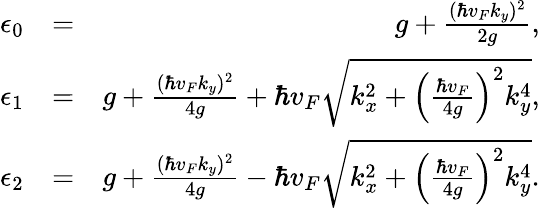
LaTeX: \begin{array}{rlr}{\epsilon_{0}}&{=}&{g+\frac{(\hbar v_{F}k_{y})^{2}}{2g},}\\ {\epsilon_{1}}&{=}&{g+\frac{(\hbar v_{F}k_{y})^{2}}{4g}+\hbar v_{F}\sqrt{k_{x}^{2}+\left(\frac{\hbar v_{F}}{4g}\right)^{2}k_{y}^{4}},}\\ {\epsilon_{2}}&{=}&{g+\frac{(\hbar v_{F}k_{y})^{2}}{4g}-\hbar v_{F}\sqrt{k_{x}^{2}+\left(\frac{\hbar v_{F}}{4g}\right)^{2}k_{y}^{4}}.}\end{array}